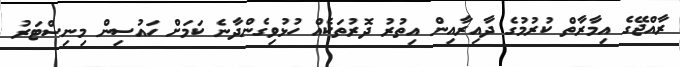
ރާއްޖޭގެ އިމާރާތް ކުރުމުގެ ދާއިރާއިން އިތުރު ދޮރުތަކެއް ހުޅުވިގެންދާނެ ކަމަށް ހައުސިން މިނިސްޓަރު